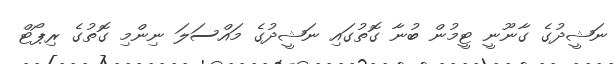
ނަޝީދުގެ ގާނޫނީ ޓީމުން ބުނާ ގޮތުގައި ނަޝީދުގެ މައްސަލަ ނިންމި ގޮތުގެ ރިޕޯޓް